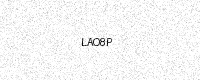
Text: LAO8P